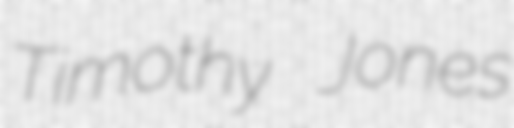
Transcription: Timothy Jones